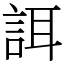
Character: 誀